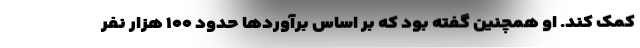
کمک کند. او همچنین گفته بود که بر اساس برآوردها حدود ۱۰۰ هزار نفر